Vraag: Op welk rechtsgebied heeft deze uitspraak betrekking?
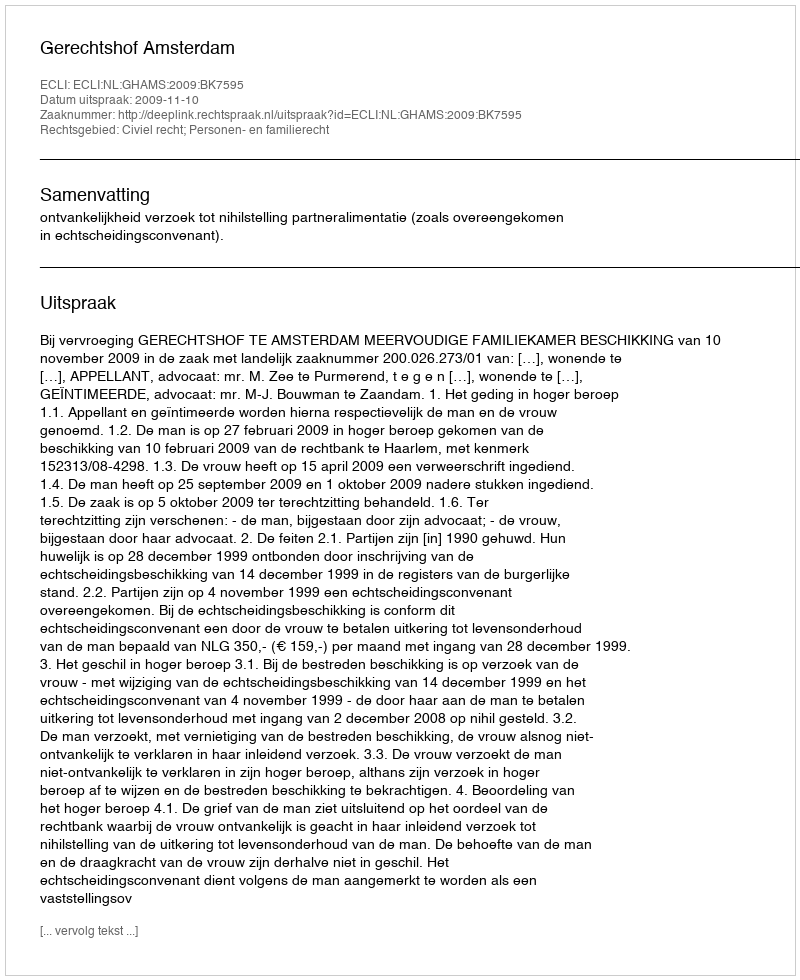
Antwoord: Civiel recht; Personen- en familierecht